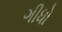
ગીધો